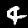
Digit: 4